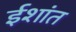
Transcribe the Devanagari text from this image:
ईशांत